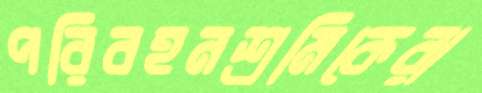
পরিবহনশ্রমিকেরা